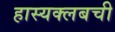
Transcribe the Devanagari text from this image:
हास्यक्लबची